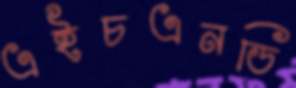
এইচএনডি